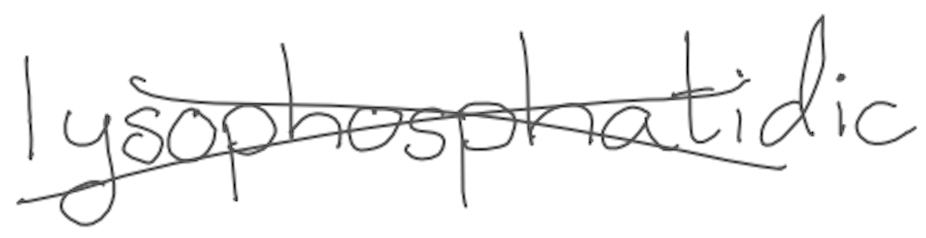
Text: lysophosphatidic
Cross-out: cross
Writing tool: digital_gray